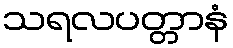
သရလပတ္တာနံ